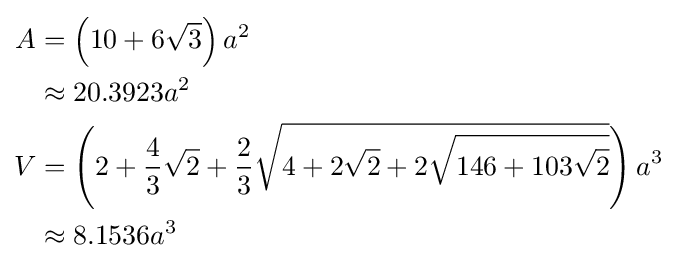
{\begin{aligned}A&=\left(10+6{\sqrt {3}}\right)a^{2}\\&\approx 20.3923a^{2}\\V&=\left(2+{\frac {4}{3}}{\sqrt {2}}+{\frac {2}{3}}{\sqrt {4+2{\sqrt {2}}+2{\sqrt {146+103{\sqrt {2}}}}}}\right)a^{3}\\&\approx 8.1536a^{3}\end{aligned}}